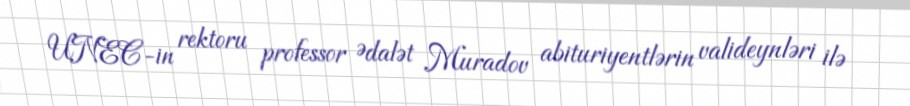
UNEC-in rektoru professor Ədalət Muradov abituriyentlərin valideynləri ilə